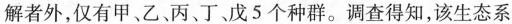
解者外，仅有甲、乙、丙、丁、戊5个种群。调查得知，该生态系